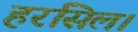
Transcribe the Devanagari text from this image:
हरसिल।